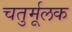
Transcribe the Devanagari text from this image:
चतुर्मूलक